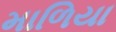
માળિયા